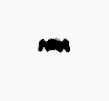
var.